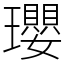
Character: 瓔